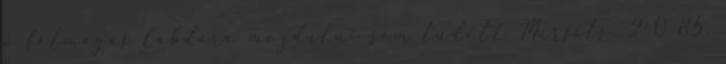
a félmagas labdára mozdulni sem tudott Mursits. 2–0 85.